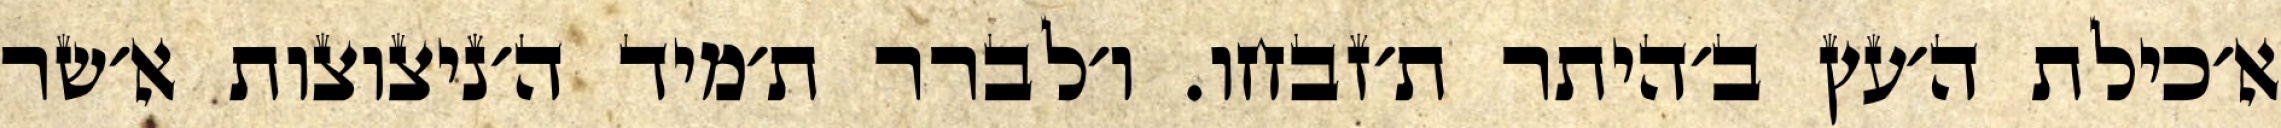
א׳כילת ה׳עץ ב׳היתר ת׳זבחו. ו׳לברר ת׳מיד ה׳ניצוצות א׳שר